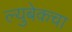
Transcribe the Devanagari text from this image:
ल्युबेकचा